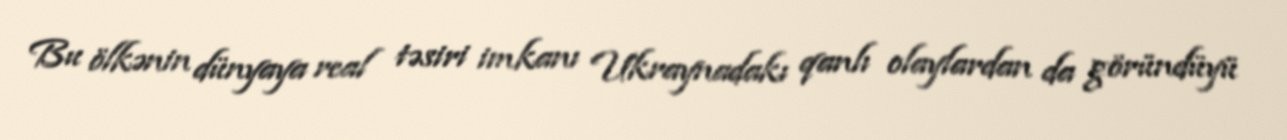
Bu ölkənin dünyaya real təsiri imkanı Ukraynadakı qanlı olaylardan da göründüyü